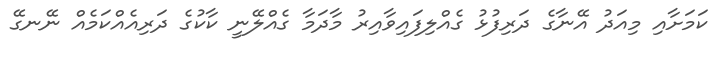
ކަމަށާއި މިއަދު އޭނާގެ ދަރިފުޅު ގެއްލިފައިވާއިރު މާދަމާ ގެއްލޭނީ ކާކުގެ ދަރިއެއްކަމެއް ނޭނގޭ